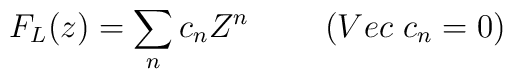
F_{L}(z)=\sum_{n} c_{n} Z^{n}~~~~~~~(Vec~c_{n}=0)